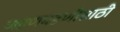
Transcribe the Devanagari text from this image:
जडणघडणीसाठी